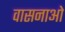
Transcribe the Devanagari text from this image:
वासनाओ